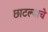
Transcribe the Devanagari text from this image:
छाटल्याचे